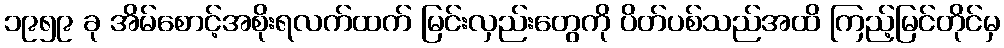
၁၉၅၉ ခု အိမ်စောင့်အစိုးရလက်ထက် မြင်းလှည်းတွေကို ပိတ်ပစ်သည်အထိ ကြည့်မြင်တိုင်မှ